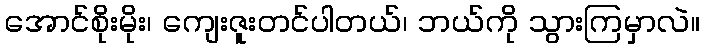
အောင်စိုးမိုး၊ ကျေးဇူးတင်ပါတယ်၊ ဘယ်ကို သွားကြမှာလဲ။